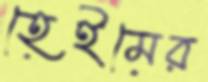
হেইমের